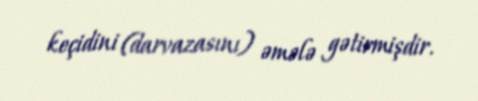
keçidini (darvazasını) əmələ gətirmişdir.